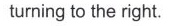
turning to the right.